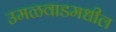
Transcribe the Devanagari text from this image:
उमळवाडमधील